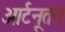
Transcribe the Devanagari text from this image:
आर्टनूतन